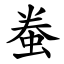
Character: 䖭